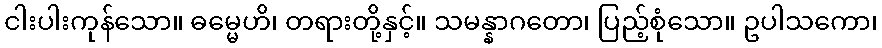
ငါးပါးကုန်သော။ ဓမ္မေဟိ၊ တရားတို့နှင့်။ သမန္နာဂတော၊ ပြည့်စုံသော။ ဥပါသကော၊